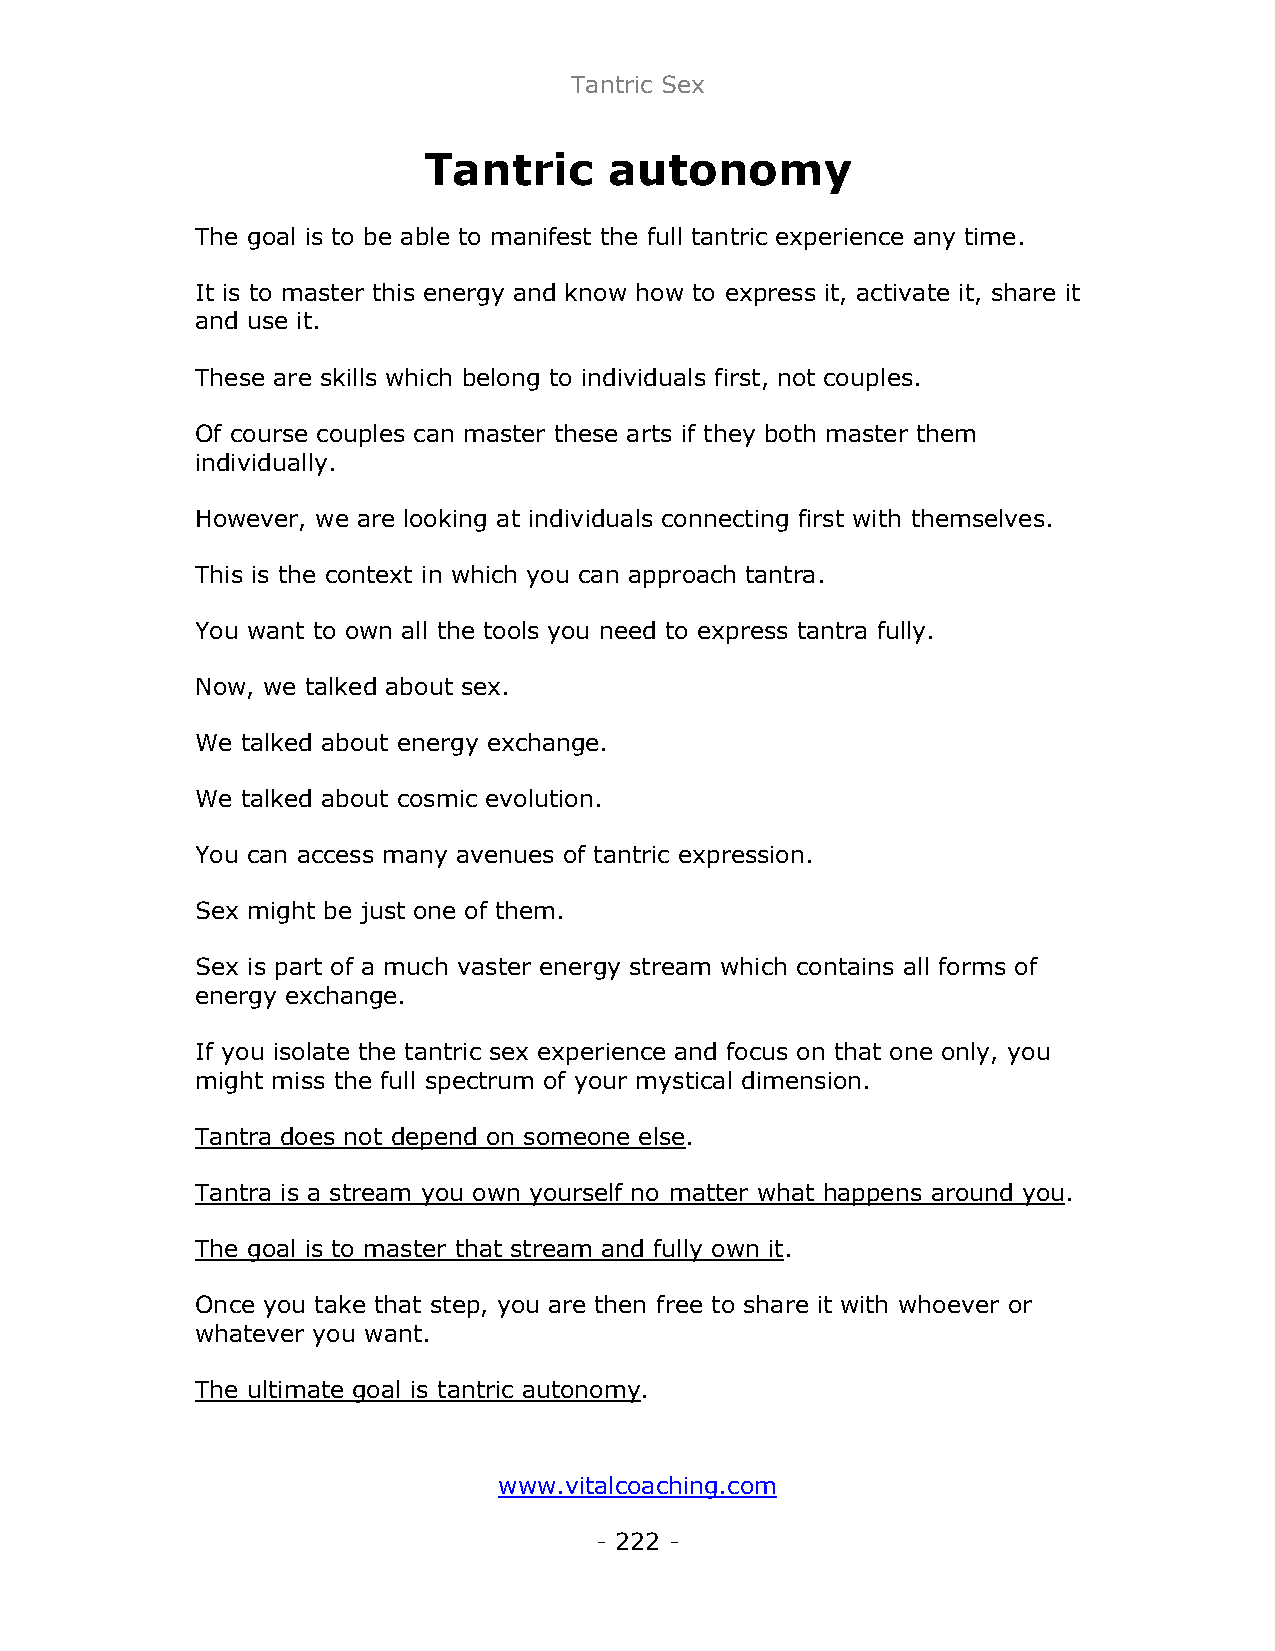
Tantric Sex
 Tantric     autonomy
 The goal is to be able to manifest the full tantric experience any time.
 It is to master this energy and know how to express it, activate it, share it
 and use it.
 These are skills which belong to individuals first, not couples.
 Of course couples can master these arts if they both master them
 individually.
 However, we are looking at individuals connecting first with themselves.
 This is the context in which you can approach tantra.
 You want to own all the tools you need to express tantra fully.
 Now, we talked about sex.
 We talked about energy exchange.
 We talked about cosmic evolution.
 You can access many avenues of tantric expression.
 Sex might be just one of them.
 Sex is part of a much vaster energy stream which contains all forms of
 energy exchange.
 If you isolate the tantric sex experience and focus on that one only, you
 might miss the full spectrum of your mystical dimension.
 Tantra does not depend on someone else.
 Tantra is a stream you own yourself no matter what happens around you.
 The goal is to master that stream and fully own it.
 Once you take that step, you are then free to share it with whoever or
 whatever you want.
 The ultimate goal is tantric autonomy.
 www.vitalcoaching.com
 - 222 -